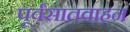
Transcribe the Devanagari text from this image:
पूर्वंसातवाहन